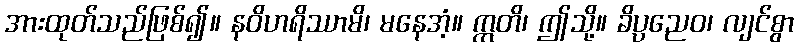
အားထုတ်သည်ဖြစ်၍။ နဝိဟရိဿာမိ၊ မနေအံ့။ ဣတိ၊ ဤသို့။ ခိပ္ပညေဝ၊ လျင်စွာ